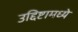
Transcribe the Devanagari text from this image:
उद्दिष्टामध्ये